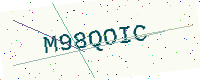
Text: M98QOIC